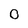
Character: 0